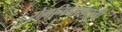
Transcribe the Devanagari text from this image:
रोगनिवारणाची